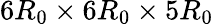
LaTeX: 6{R_{0}}\times 6{R_{0}}\times 5{R_{0}}